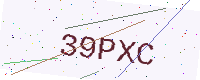
Text: 39PXC